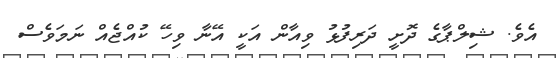
އެވެ. ޝިލްޕާގެ ދޮށީ ދަރިފުޅު ވިއާން އަކީ އޭނާ ވިހޭ ކުއްޖެއް ނަމަވެސް